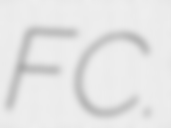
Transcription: FC.